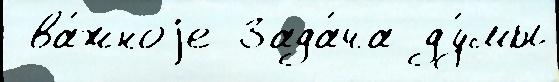
 ва́жноjе Зада́ча ду́мы